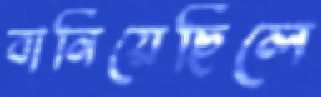
বানিয়েছিলে